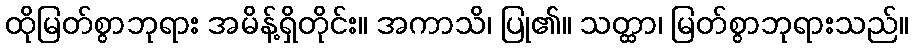
ထိုမြတ်စွာဘုရား အမိန့်ရှိတိုင်း။ အကာသိ၊ ပြု၏။ သတ္ထာ၊ မြတ်စွာဘုရားသည်။